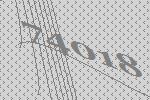
74018